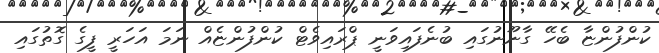
ކުންފުންޏާ ބެހޭ ގާނޫނުގައި ބުނެފައިވަނީ ޕްރައިވެޓް ކުންފުންޏެއް ނަމަ އަހަރީ ފީގެ ގޮތުގައި